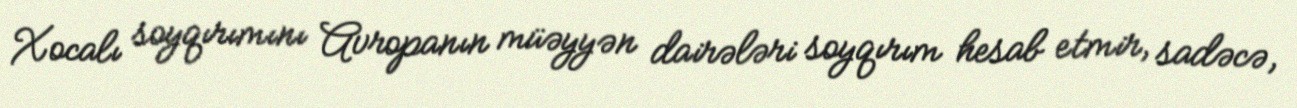
Xocalı soyqırımını Avropanın müəyyən dairələri soyqırım hesab etmir, sadəcə,